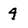
Character: 4